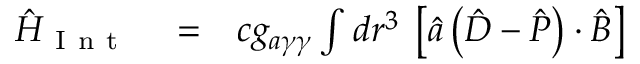
\begin{array} { r l r } { \hat { H } _ { \mathrm { ~ I ~ n ~ t ~ } } } & { { } = } & { c g _ { a \gamma \gamma } \int d \boldsymbol r ^ { 3 } \; \left[ \hat { a } \left( \hat { \boldsymbol D } - \hat { \boldsymbol P } \right) \cdot \hat { \boldsymbol B } \right] } \end{array}